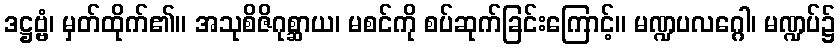
ဒဋ္ဌဗ္ဗံ၊ မှတ်ထိုက်၏။ အသုစိဇိဂုစ္ဆာယ၊ မစင်ကို စပ်ဆုက်ခြင်းကြောင့်။ မဏ္ဍပလဂ္ဂေါ၊ မဏ္ဍပ်၌